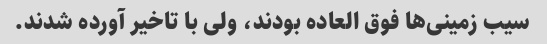
سیب زمینی‌ها فوق العاده بودند، ولی با تاخیر آورده شدند.